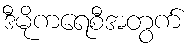
ဒီမိုကရေစီအတွက်